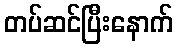
တပ်ဆင်ပြီးနောက်